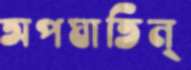
অপঘাতিন্